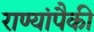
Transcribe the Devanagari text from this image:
राण्यांपैकी